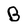
Character: B